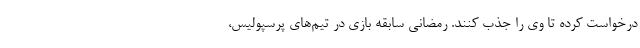
درخواست کرده تا وی را جذب کنند. رمضانی سابقه بازی در تیم‌های پرسپولیس،